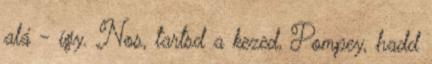
alá - így. Nos, tartsd a kezed, Pompey, hadd